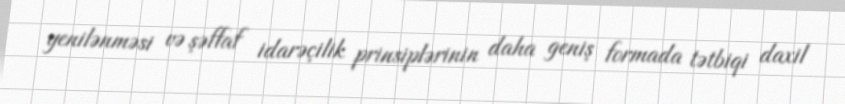
yenilənməsi və şəffaf idarəçilik prinsiplərinin daha geniş formada tətbiqi daxil